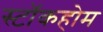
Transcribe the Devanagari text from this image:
स्टाॅकहोम